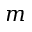
m